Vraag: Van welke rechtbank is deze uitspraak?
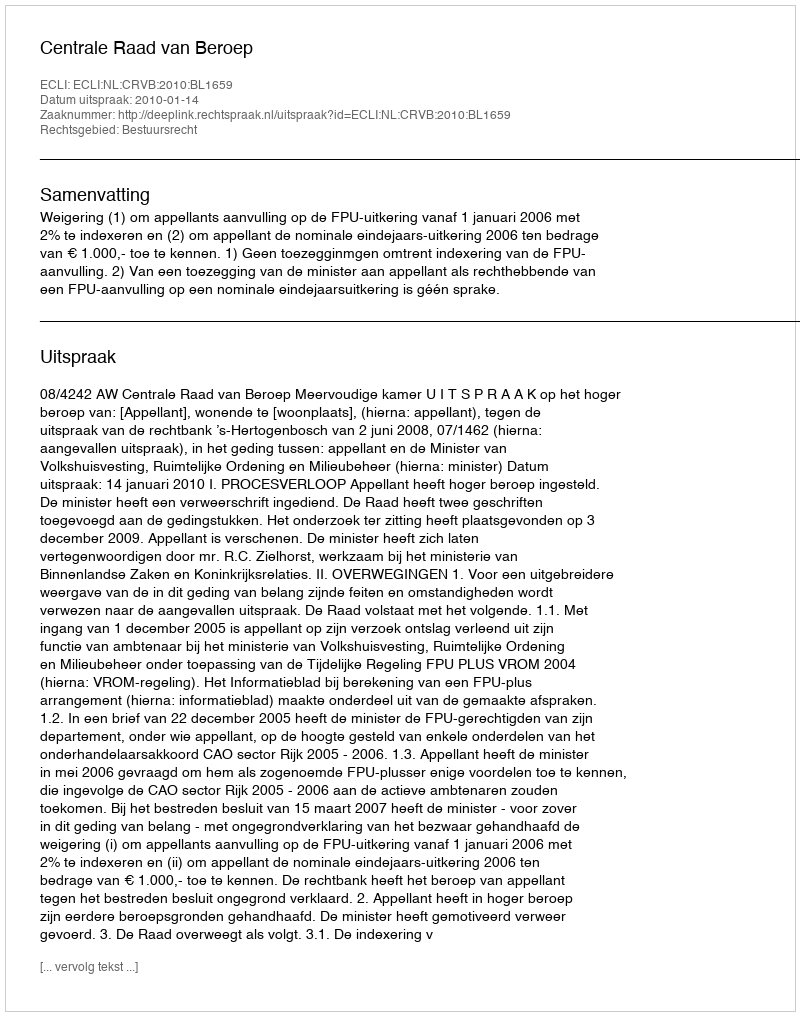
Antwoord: Centrale Raad van Beroep